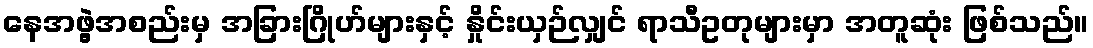
နေအဖွဲ့အစည်းမှ အခြားဂြိုဟ်များနှင့် နှိုင်းယှဉ်လျှင် ရာသီဥတုများမှာ အတူဆုံး ဖြစ်သည်။